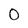
Character: 0